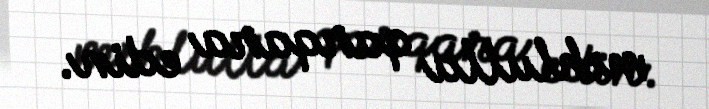
məhlulla qarqara edin.